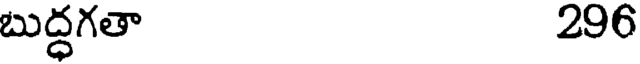
బుద్ధగతా 296